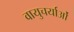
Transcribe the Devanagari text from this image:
वायुचर्याओं